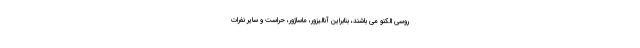
روسی الکنو می باشند، بنابراین آنالیزور، ماساژور، حراست و سایر نفرات